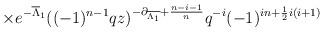
LaTeX: \begin{align*}\hspace{1.4in} \times e^{-\overline{\Lambda}_1} ((-1)^{n-1}qz)^{-\partial_{\overline{\Lambda_1}}+\frac{n-i-1}{n}} q^{-i} (-1)^{in+\frac{1}{2} i(i+1)}\end{align*}